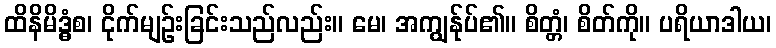
ထိနိမိဒ္ဓံစ၊ ငိုက်မျဉ်းခြင်းသည်လည်း။ မေ၊ အကျွန်ုပ်၏။ စိတ္တံ၊ စိတ်ကို။ ပရိယာဒါယ၊